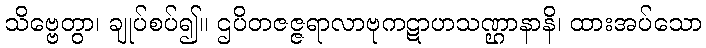
သိဗ္ဗေတွာ၊ ချုပ်စပ်၍။ ဌပိတဇဇ္ဇရာလာဗုကဋာဟသဏ္ဌာနာနိ၊ ထားအပ်သော